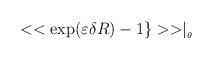
\begin{align*}<<\exp (\varepsilon \delta R)-1\}>>\mid _{_{\theta }}\end{align*}